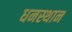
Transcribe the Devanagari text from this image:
धनस्थान